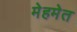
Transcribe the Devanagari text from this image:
मेहमेत